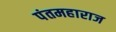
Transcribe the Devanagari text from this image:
पंतमहाराज